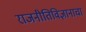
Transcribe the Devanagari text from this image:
राजनीतिविज्ञानाचा